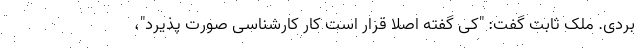
بردی. ملک ثابت گفت: "کی گفته اصلا قرار است کار کارشناسی صورت پذیرد"،